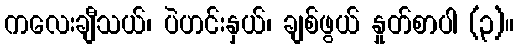
ကလေးချီသယ်၊ ပဲဟင်းနှယ်၊ ချစ်ဖွယ် နှုတ်စာပါ (၃)။